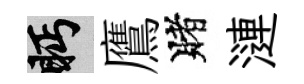
眄鷹賭漣